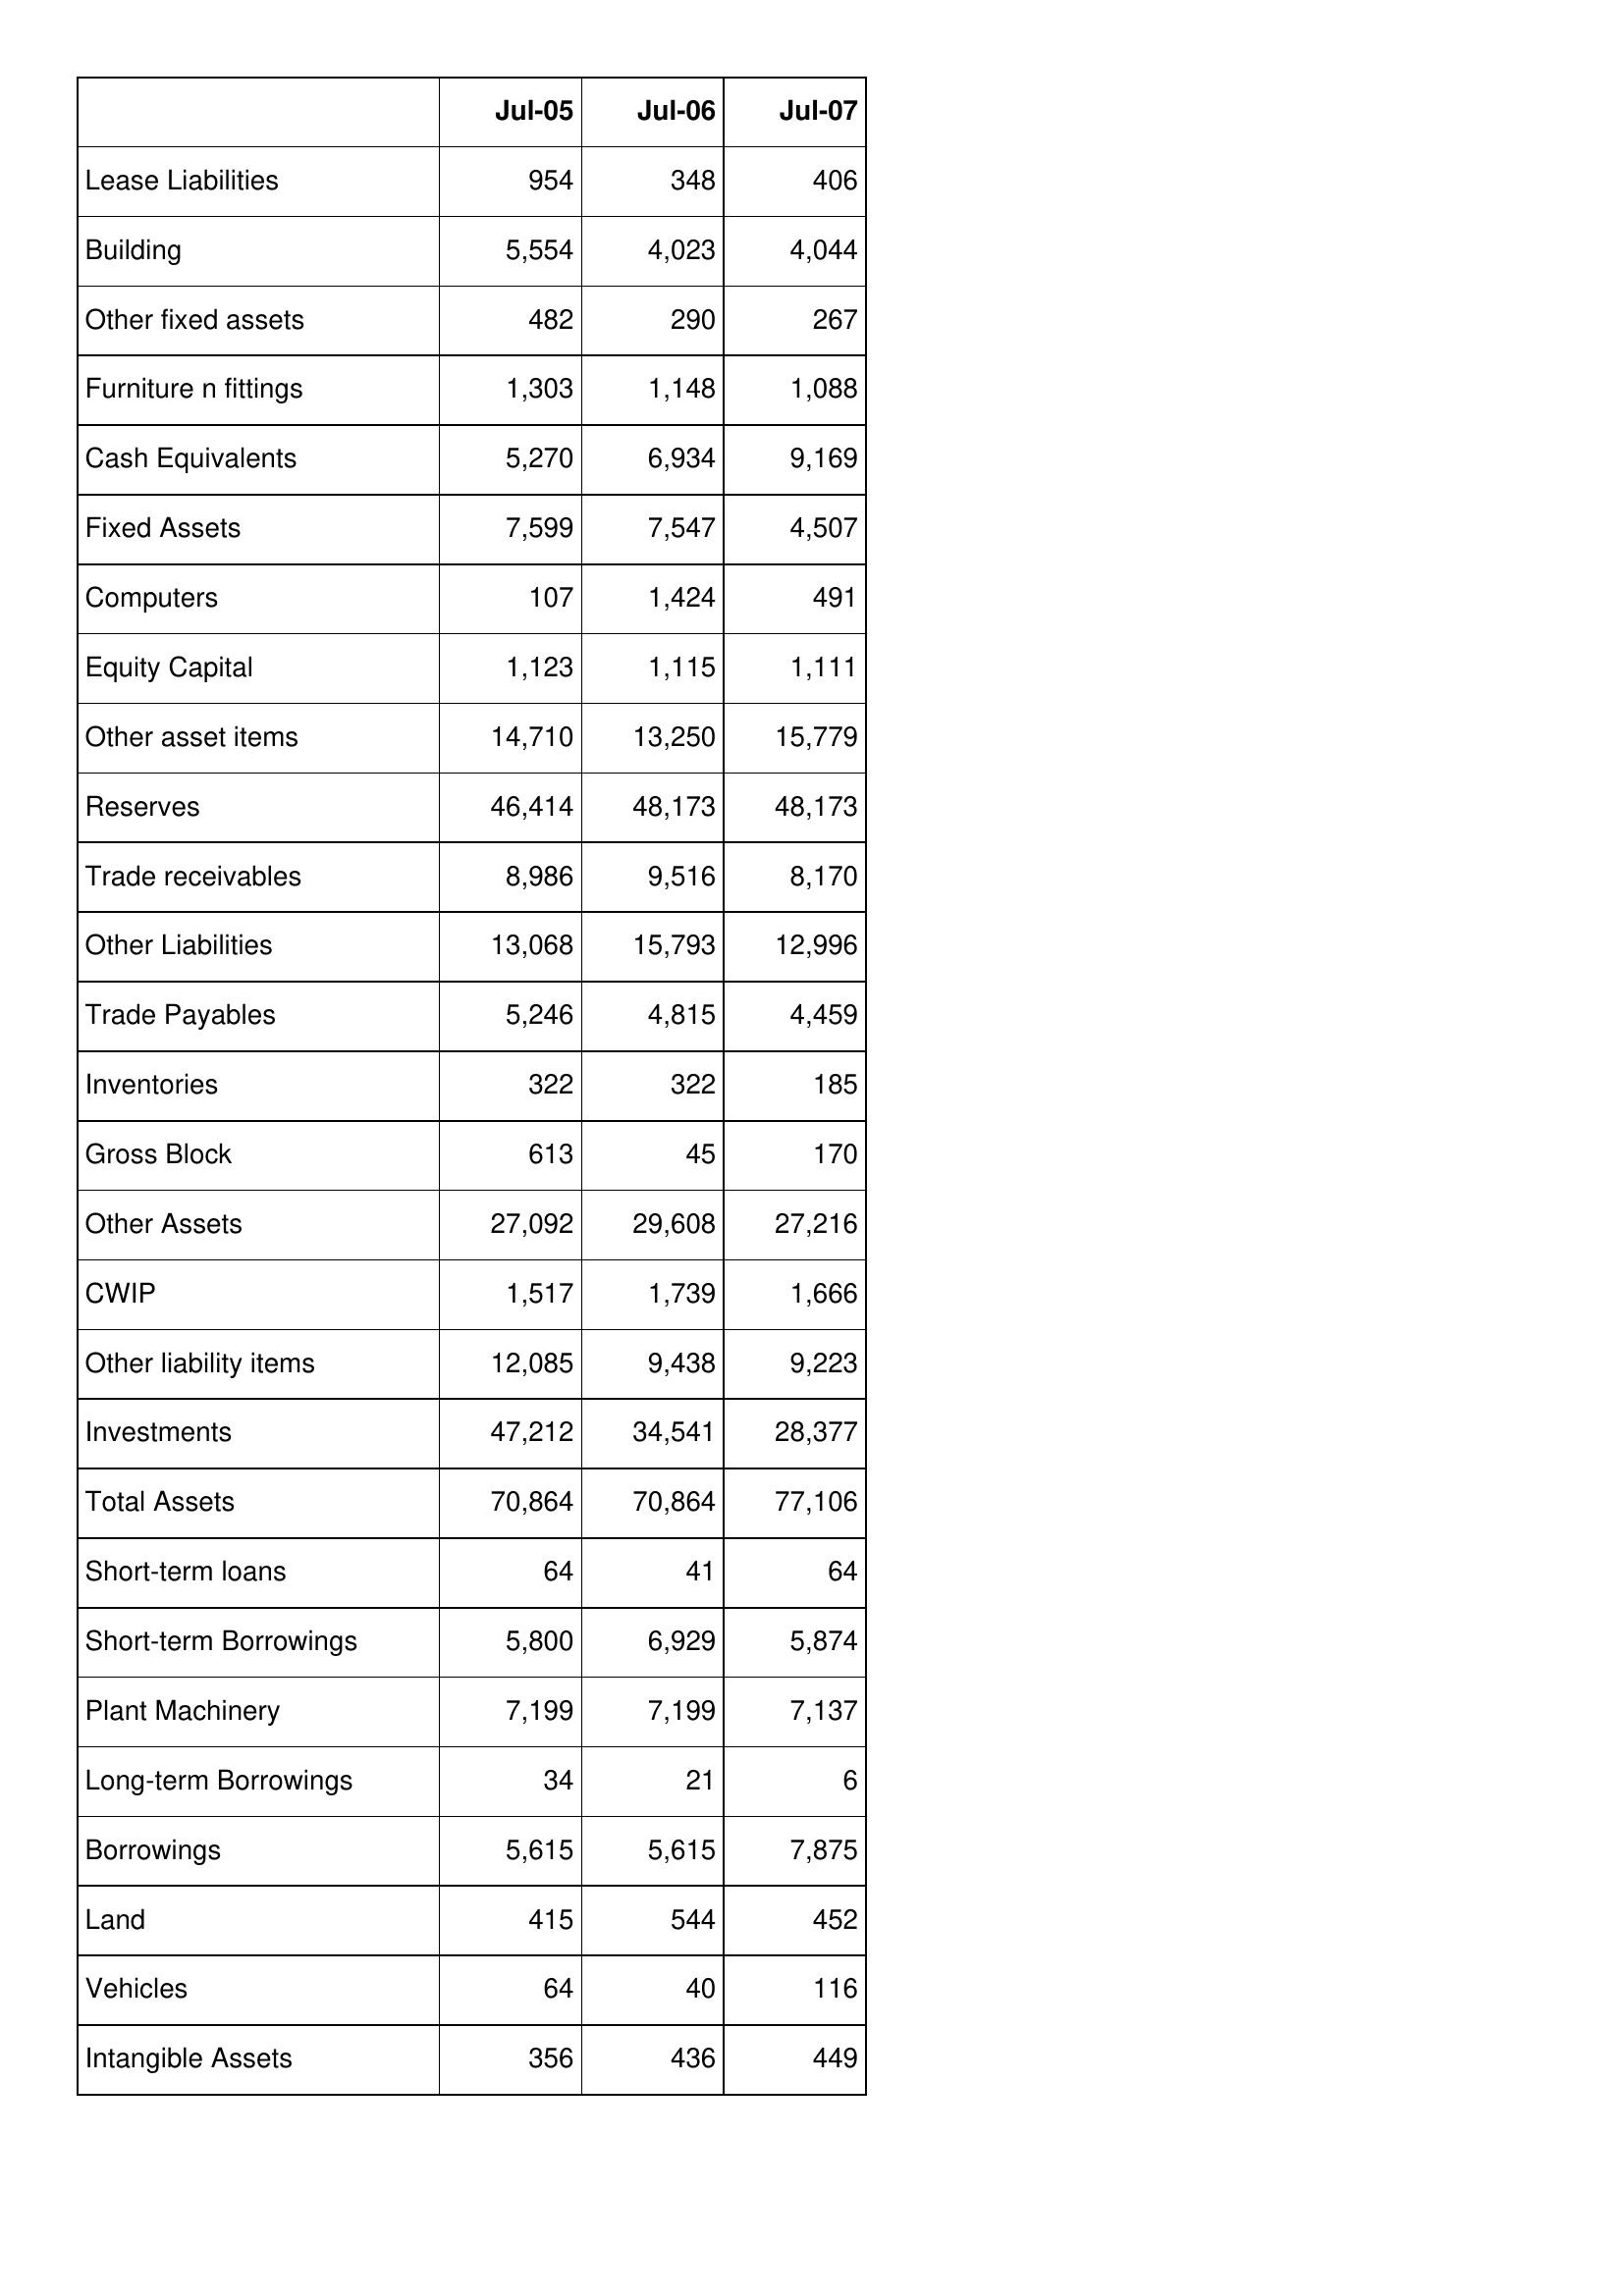
Jul-05: Balance Sheet: Lease Liabilities: 954
Building: 5,554
Other fixed assets: 482
Furniture n fittings: 1,303
Cash Equivalents: 5,270
Fixed Assets: 7,599
Computers: 107
Equity Capital: 1,123
Other asset items: 14,710
Reserves: 46,414
Trade receivables: 8,986
Other Liabilities: 13,068
Trade Payables: 5,246
Inventories: 322
Gross Block: 613
Other Assets: 27,092
CWIP: 1,517
Other liability items: 12,085
Investments: 47,212
Total Assets: 70,864
Short-term loans: 64
Short-term Borrowings: 5,800
Plant Machinery: 7,199
Long-term Borrowings: 34
Borrowings: 5,615
Land: 415
Vehicles: 64
Intangible Assets: 356
Jul-06: Balance Sheet: Lease Liabilities: 348
Building: 4,023
Other fixed assets: 290
Furniture n fittings: 1,148
Cash Equivalents: 6,934
Fixed Assets: 7,547
Computers: 1,424
Equity Capital: 1,115
Other asset items: 13,250
Reserves: 48,173
Trade receivables: 9,516
Other Liabilities: 15,793
Trade Payables: 4,815
Inventories: 322
Gross Block: 45
Other Assets: 29,608
CWIP: 1,739
Other liability items: 9,438
Investments: 34,541
Total Assets: 70,864
Short-term loans: 41
Short-term Borrowings: 6,929
Plant Machinery: 7,199
Long-term Borrowings: 21
Borrowings: 5,615
Land: 544
Vehicles: 40
Intangible Assets: 436
Jul-07: Balance Sheet: Lease Liabilities: 406
Building: 4,044
Other fixed assets: 267
Furniture n fittings: 1,088
Cash Equivalents: 9,169
Fixed Assets: 4,507
Computers: 491
Equity Capital: 1,111
Other asset items: 15,779
Reserves: 48,173
Trade receivables: 8,170
Other Liabilities: 12,996
Trade Payables: 4,459
Inventories: 185
Gross Block: 170
Other Assets: 27,216
CWIP: 1,666
Other liability items: 9,223
Investments: 28,377
Total Assets: 77,106
Short-term loans: 64
Short-term Borrowings: 5,874
Plant Machinery: 7,137
Long-term Borrowings: 6
Borrowings: 7,875
Land: 452
Vehicles: 116
Intangible Assets: 449